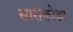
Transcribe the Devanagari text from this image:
सारीकोडा